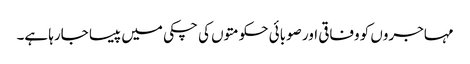
مہاجروں کو وفاقی اور صوبائی حکومتوں کی چکی میں پیسا جارہا ہے۔